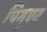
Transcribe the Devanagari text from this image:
पिगुएट